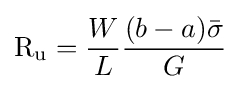
\mathrm {R_{u}} ={\frac {W}{L}}{\frac {(b-a){\bar {\sigma }}}{G}}